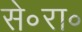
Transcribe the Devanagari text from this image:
से॰रा॰